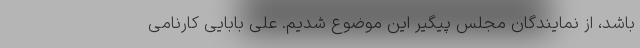
باشد، از نمایندگان مجلس پیگیر این موضوع شدیم. علی بابایی کارنامی